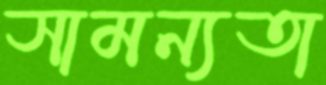
সামন্যতা